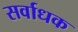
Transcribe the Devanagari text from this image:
सर्वाधक